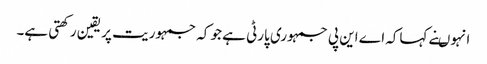
انہوںنے کہاکہ اے این پی جمہوری پارٹی ہے جو کہ جمہوریت پر یقین ر کھتی ہے۔